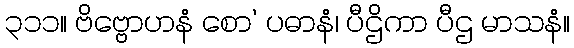
၃၁၁။ ဗိဗ္ဗောဟနံ စော’ ပဓာနံ၊ ပီဌိကာ ပီဌ မာသနံ။